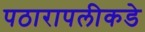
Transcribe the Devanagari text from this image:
पठारापलीकडे